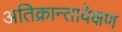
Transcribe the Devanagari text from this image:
अतिक्रान्तावेक्षण